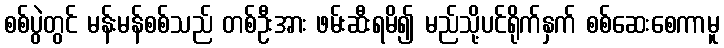
စစ်ပွဲတွင် မန်းမန်စစ်သည် တစ်ဦးအား ဖမ်းဆီးရမိ၍ မည်သို့ပင်ရိုက်နှက် စစ်ဆေးစေကာမူ